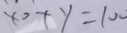
x _ { 0 } + y = 1 0 0